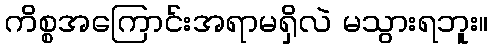
ကိစ္စအကြောင်းအရာမရှိလဲ မသွားရဘူး။